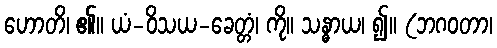
ဟောတိ၊ ၏။ ယံ-ဝိသယ-ခေတ္တံ၊ ကို။ သန္ဓာယ၊ ၍။ (ဘဂဝတာ၊